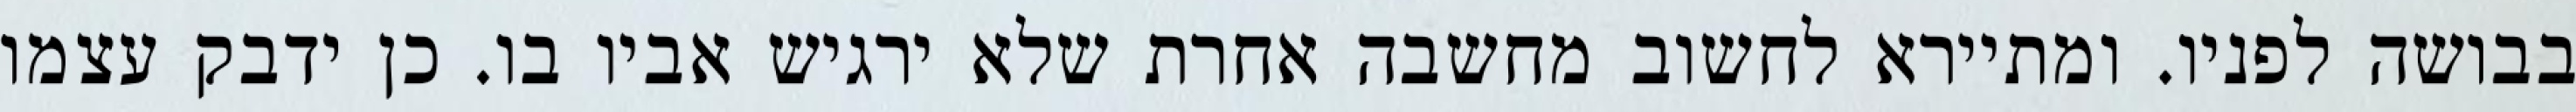
בבושה לפניו. ומתיירא לחשוב מחשבה אחרת שלא ירגיש אביו בו. כן ידבק עצמו